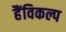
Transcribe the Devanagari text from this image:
हैंविकल्प